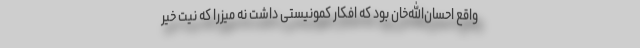
واقع احسان‌الله‌خان بود که افکار کمونیستی داشت نه میزرا که نیت خیر